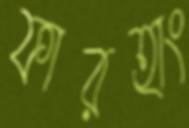
ফারহাং